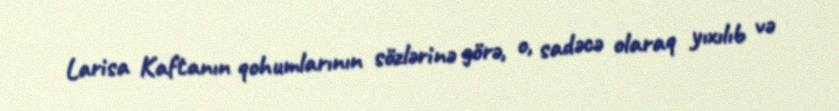
Larisa Kaftanın qohumlarının sözlərinə görə, o, sadəcə olaraq yıxılıb və